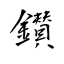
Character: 鑚